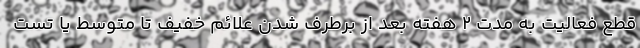
قطع فعالیت به مدت ۲ هفته بعد از برطرف شدن علائم خفیف تا متوسط یا تست